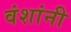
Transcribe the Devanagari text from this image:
वंशांनी